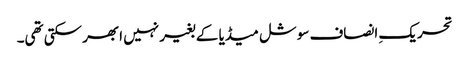
تحریکِ انصاف سوشل میڈیا کے بغیر نہیں ابھر سکتی تھی۔